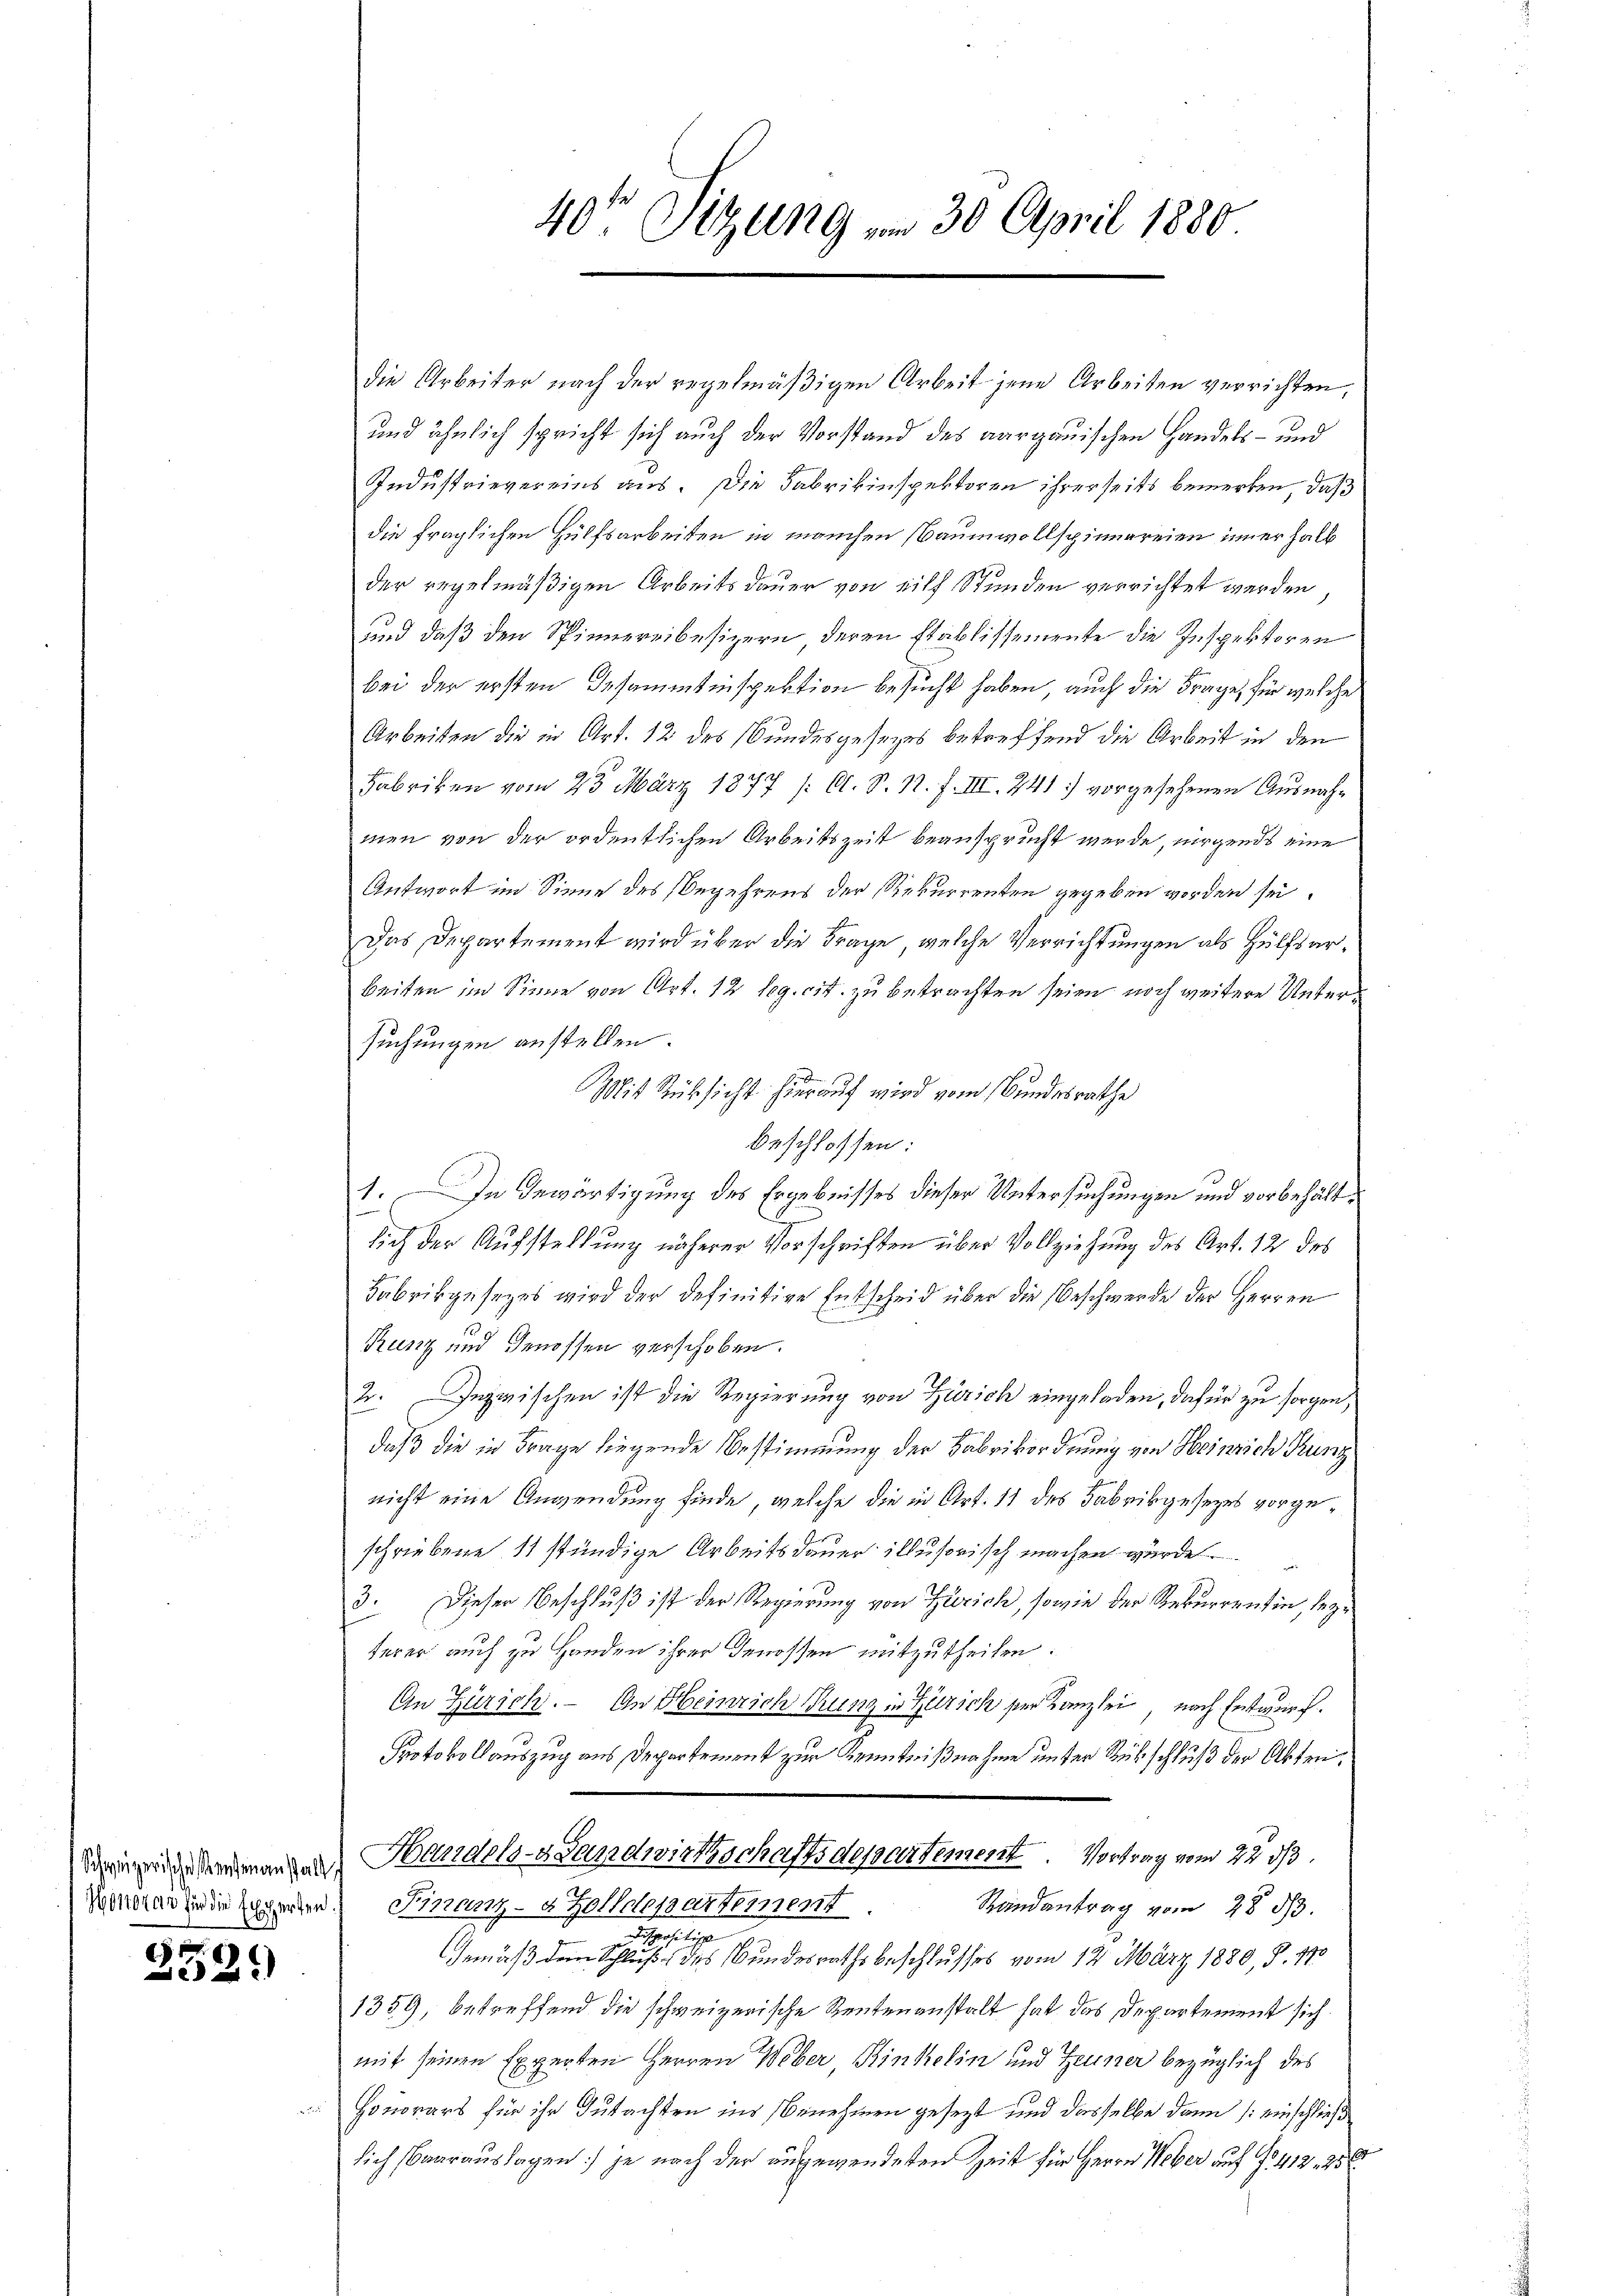
Honorar für die Experten.

3321)

u

40te Sitzung vom 30. April 1880

die Arbeiter nach der regelmäßigen Arbeit jene Arbeiten verrichten,
und ähnlich spricht sich auch der Vorstand des aargauischen Handels- und
Industrievereins aus. Die Fabrikinspektoren ihrerseits bemerken, daß
die fraglichen Hülfsarbeiten in manchen (Baumwollspinnereien innerhalb
der regelmäßigen Arbeits dauer von eilf Stunden verrichtet werden,
sind daß den Spinnereibesizern deren Etablissemente die Inspektoren
bei der ersten Gesammtinspektion besucht haben, auch die Frage, für welche
Arbeiten die in Art. 12 des Bundesgesetzes betreffend die Arbeit in den
Fabriken vom 23. März 1877 (O. S. N. F. III. 241) vorgesehenen Ausnah-
men von der ordentlichen Arbeitszeit beansprucht werde, nirgends eine
Antwort im Sinne des Begehrens der Rekurrenten gegeben worden sei.
Das Departement wird über die Frage, welche Verrichtungen als Hülfsarbeiten im Sinne von Art. 12 leg. cit. zu betrachten seien noch weitere Untersuchungen anstellen.
Mit Rücksicht hierauf wird vom Bundesrathe
beschlossen:
1. In Gewärtigung des Ergebnisses dieser Untersuchungen und vorbehält¬
6
lich der Aufstellung näherer Vorschriften über Vollziehung des Art. 12 des
Fabrikgesezes wird der definitive Entscheid über die Beschwerde der Herren
Runz und Genossen verschoben.
2. Inzwischen ist die Regierung von Zürich eingeladen, dafür zu sorgen,
daß die in Frage liegende Bestimmung der Fabrikordnung von Heinrich Kunz
nicht eine Anwendung finde, welche die in Art. 11 des Fabrikgesezes vorgeschriebene 11 stündige Arbeitsdauer illusorisch machen wurde
3. Dieser Beschluß ist der Regierung von Zürich, sowie der Rekurrentin, seyterer auch zu Handen ihrer Genossen mitzutheilen.
An Zürich. - An Heinrich Kunz in Zürich der Kanzlei, nach Entwurf.
Protokollauszug aus Departement zur Kenntnißnahme unter Rückschluß der Akten.
Den Verandas Handels- Landwirtschaftsdepartement. Vortrag vom 22. ds.
Randantrag vom 28 53.
Finanz- & Zolldepartement
Dispositi
Gemäß dem Schluß des Bundesrathsbeschlusses vom 12. März 1880, S. 170
1359, betreffend die schweizerische Rentenanstalt hat das Departement sich
mit seinen Experten Herren Weber, Kinkelin und Zeuner bezüglich des
Honorars für ihr Gutachten ins Benehmen gesezt und dasselbe dann (einschließ
lich Baarauslagen] je nach der ausgewendeten Zeit für Herrn Weber auf § 412. 256